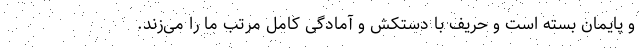
و پایمان بسته است و حریف با دستکش و آمادگی کامل مرتب ما را می‌زند.